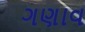
ગણાવ